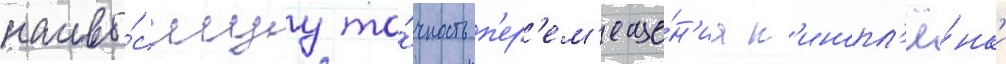
наивы́сшуу то́чность п'ер'ем'еще́н'иа к'инопл'ё́нк'и